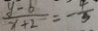
\frac { y - b } { x + 2 } = - \frac { 4 } { 3 }